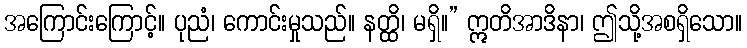
အကြောင်းကြောင့်။ ပုညံ၊ ကောင်းမှုသည်။ နတ္ထိ၊ မရှိ။” ဣတိအာဒိနာ၊ ဤသို့အစရှိသော။